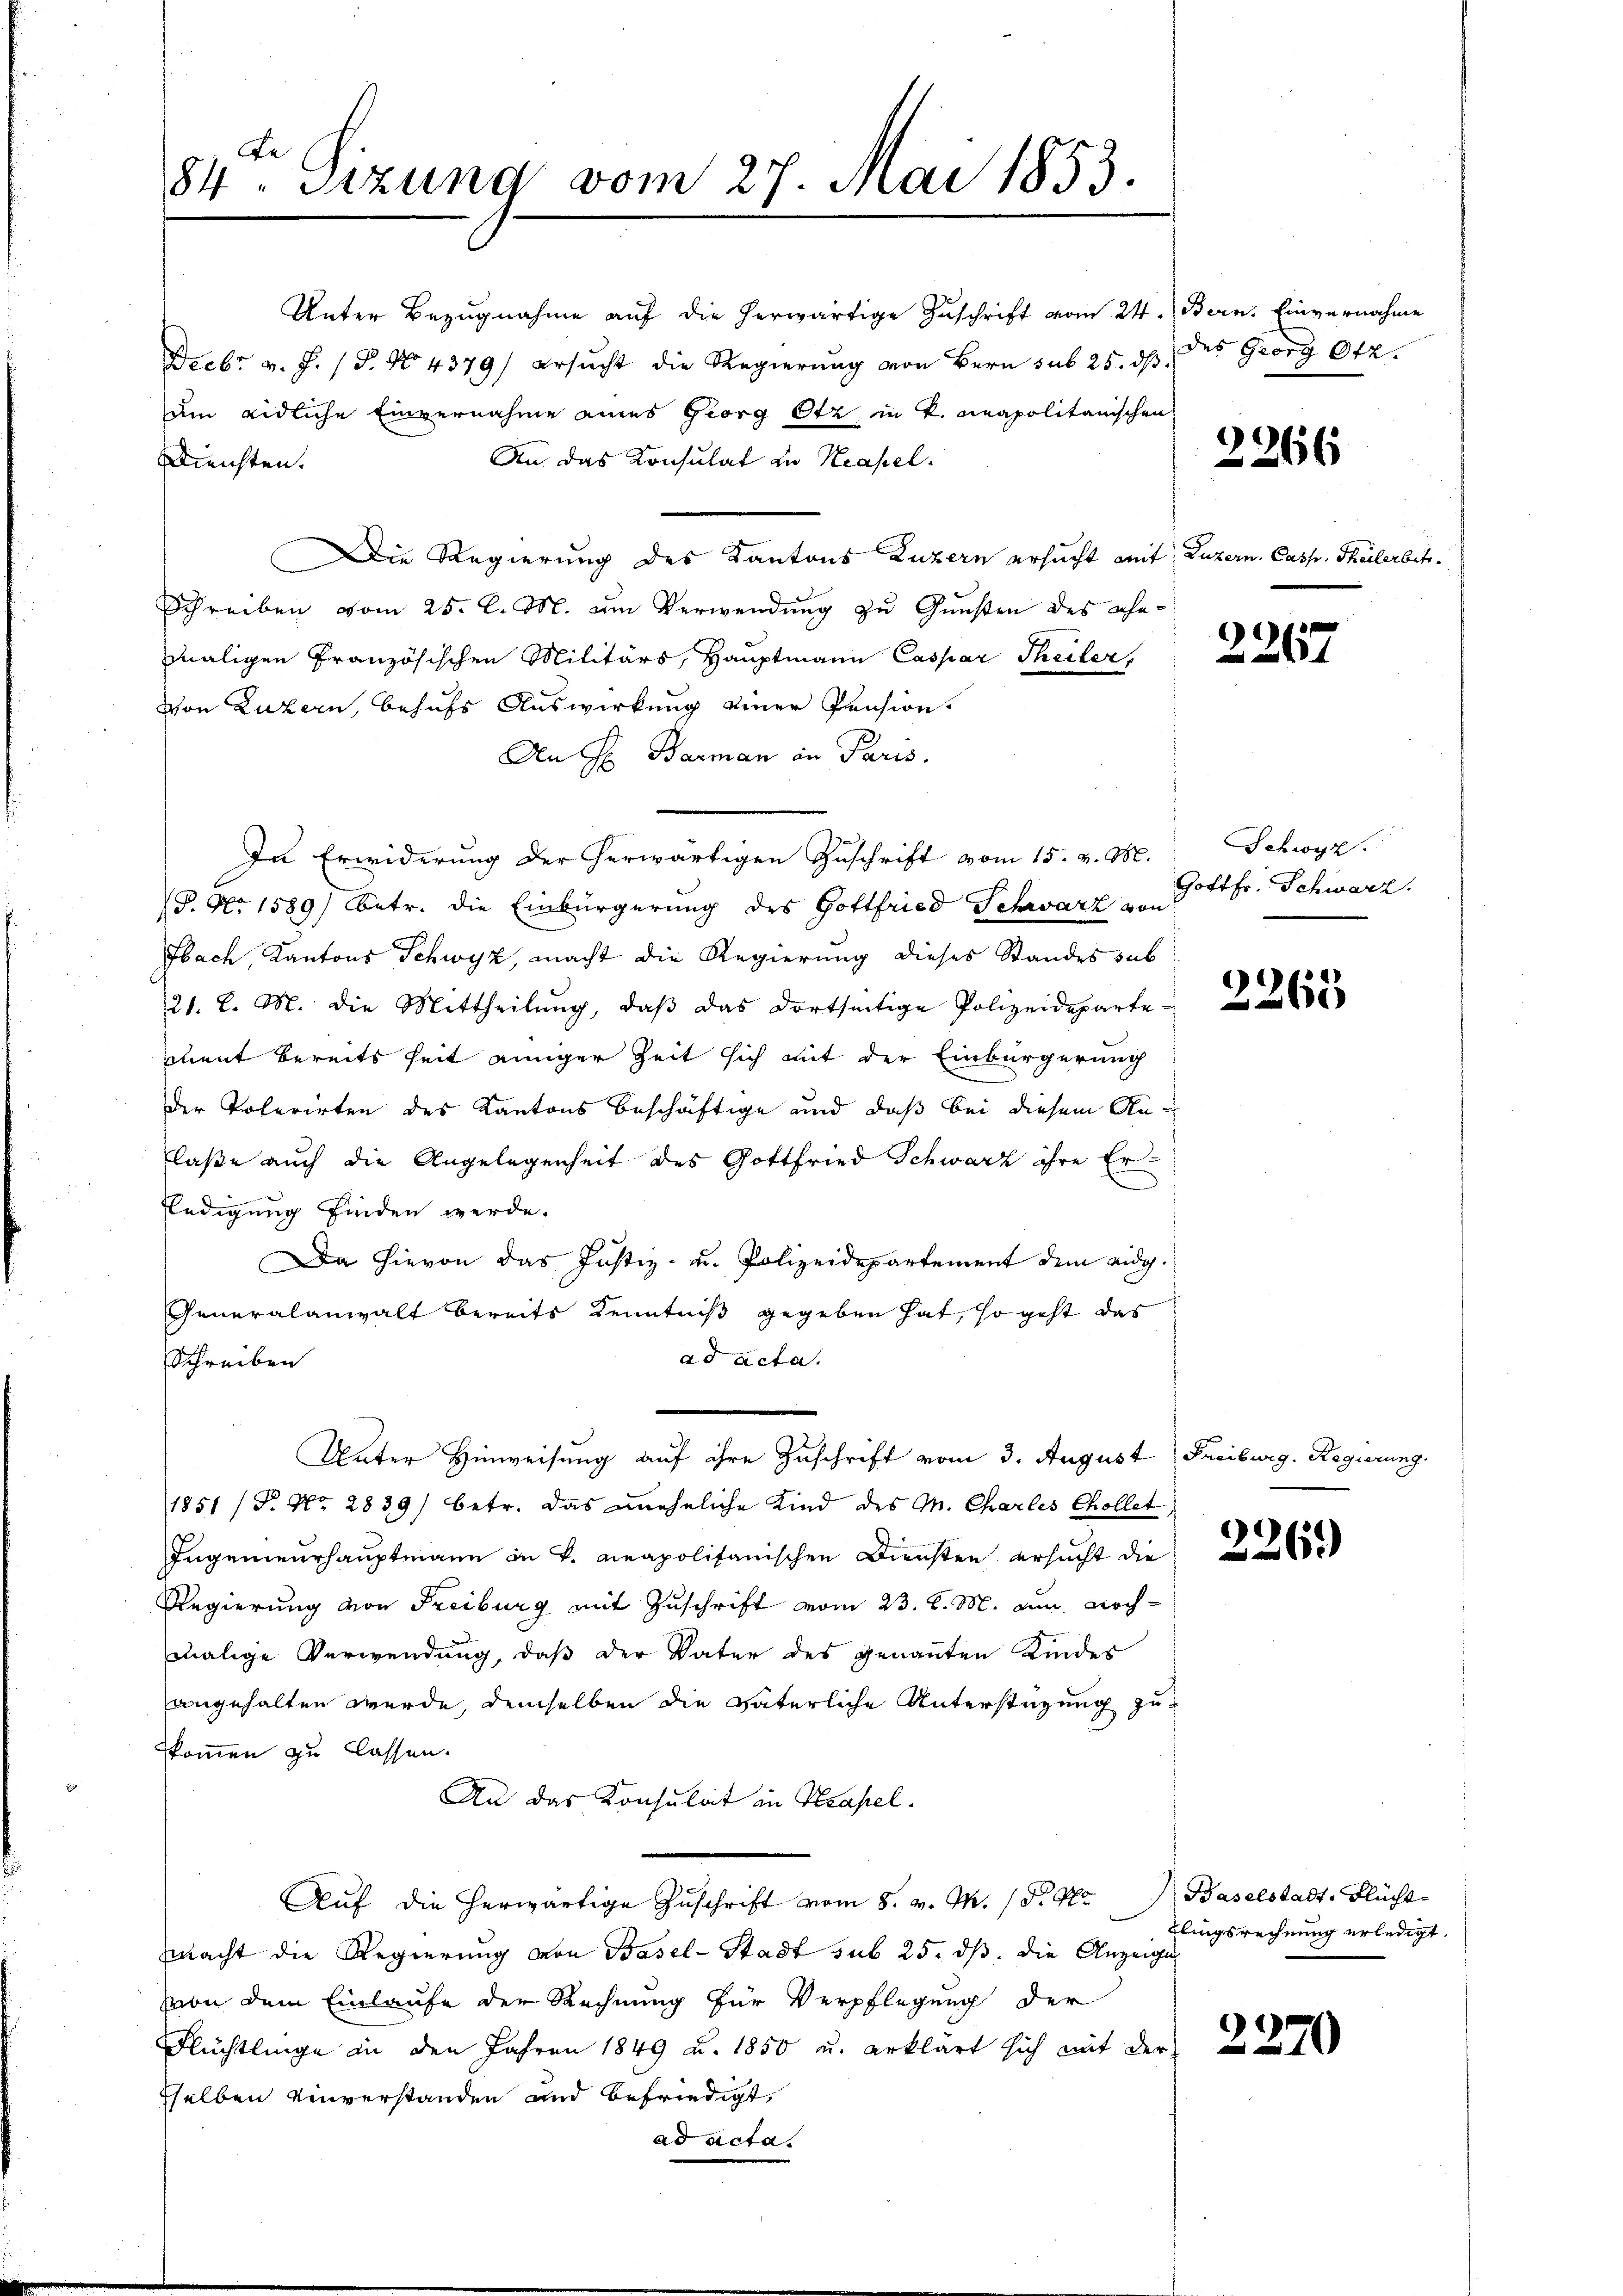
Be¬
84. Sitzung vom 27. Mai 1853.

Unter Bezugnahme auf die herwärtige Zuschrift vom 24. Bern. Einvernahme
Dzebr v. J. (T. No 4379/ ersucht die Regierung von Bern sub 25. dβ
um eidliche Einvernahme eines Georg Otz in K. Neapolitanischen
An das Konsulat zu Neapel
Bleichten.
Die Regierung des Kantons Luzern ersucht mit Luzern, Casp. Theilerbetr.
Schreiben vom 25. d. M. um Verwendung zu Gunsten des ehemaligen Französischen Militärs, Hauptmann Caspar Theiler,
Von Luzern, behufs Auswirkung einer Pension.
Den H. Barman in Paris.
In Erwiderung der herwärtigen Zuschrift vom 15. v. M.
P. Nr. 1589) betr. die Einbürgerung des Gottfried Schwarz u. Gottfr. Schwarz.
Fbach, Kantons Schwyz, macht die Regierung dieses Standes sub
21. d. M. die Mittheilŭng, daβ das dortseitige Polizeideparte-
mnent bereits seit einiger Zeit sich mit der Einbürgerung
der Toterirten des Kantons beschäftige und daß bei diesem Anlaße auch die Angelegenheit des Gottfried Schwarz ihre Er¬
Eledigung finden werde.
Da hievon das Justiz- u. Polizeidepartement dem eidg.
Generalanwalt bereits Kenntniß gegeben hat, so geht das
ad acta.
Schreiben
Unter Hinweisung auf ihre Zuschrift vom 3. August Freiburg. Regierung.
1851 (T. No. 2839) betr. das uneheliche Kind des M. Charles chollet,
Ingenieurhauptmann in v. Neapolitanischen Diensten ersucht die
Regierung von Freiburg mit Zuschrift vom 23. d. M. am nochmalige Verwendung, daß der Vater des genannten Kindes
angehalten werde, demselben die väterliche Unterstüzung zu
kkommen zu lassen.
An das Konsulat in Kapel.
Auf die herwärtige Zuschrift vom 8. v. M. D. Pr
macht die Regierung von Basel-Stadt sub 25. ds. die Anzeige
von dem Einlaufe der Rechnung für Verpflegung der
Flüchtlinge in den Jahren 1849 u. 1850 u. erklärt sich mit der
sselben einverstanden und befriedigt,
ad acta.

des Georg Ott.

2266

2267

Schwyz

2265

226.)

Baselstadt, Flücht
zlingsrechnung erledigt.

2270